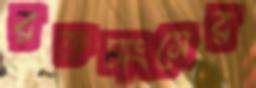
রক্তমাংসের